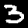
Digit: 3